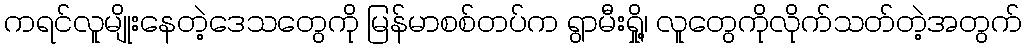
ကရင်လူမျိုးနေတဲ့ဒေသတွေကို မြန်မာစစ်တပ်က ရွာမီးရှို့၊ လူတွေကိုလိုက်သတ်တဲ့အတွက်